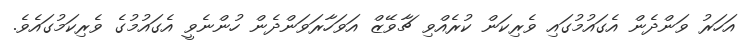
އަހަރު ވަންދެން އެގައުމުގައި ވެރިކަން ކުރެއްވި ޗާވޭޒް އަވަހާރަވަންދެން ހުންނެވީ އެގައުމުގެ ވެރިކަމުގައެވެ.